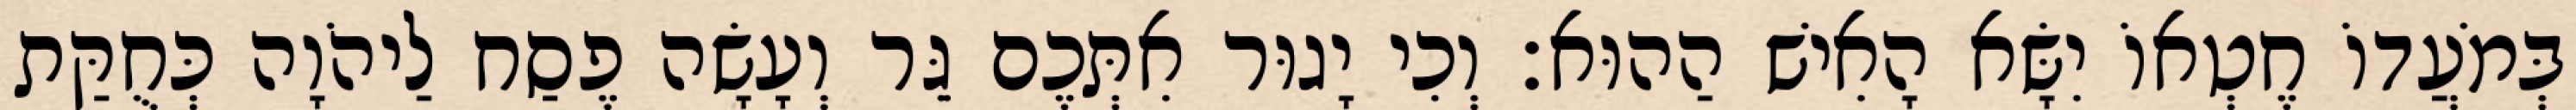
בְּמֹעֲדוֹ חֶטְאוֹ יִשָּׂא הָאִישׁ הַהוּא׃ וְכִי יָגוּר אִתְּכֶם גֵּר וְעָשָׂה פֶסַח לַיהֹוָה כְּחֻקַּת